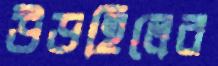
উডহিলের